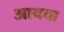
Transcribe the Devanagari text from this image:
आयवा